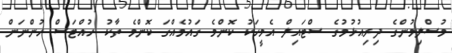
މުސްލިމުންގެ ދިރިއުޅުމުގެ ސްޓައިލް އެމީހަކު ކޮންމެ ގައުމެއްގަ ކޮންމެ ތާކު ހުއްޓަސް ހުންނަން